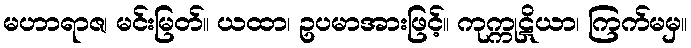
မဟာရာဇ၊ မင်းမြတ်။ ယထာ၊ ဥပမာအားဖြင့်။ ကုက္ကုဋိယာ၊ ကြက်မမှ။